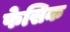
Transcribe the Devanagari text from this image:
फेसिक